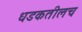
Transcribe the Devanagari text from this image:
धडकतीलच